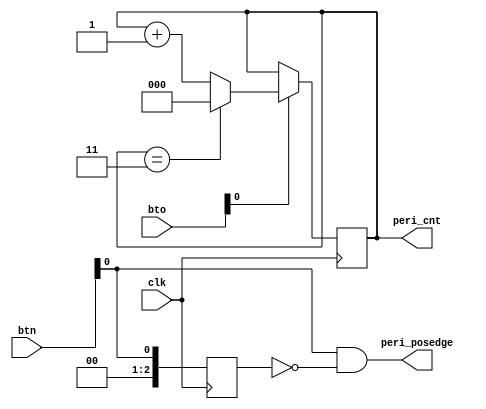
`timescale 1ns / 1ps
//////////////////////////////////////////////////////////////////////////////////
// Company: 
// Engineer: 
// 
// Design Name: 
// Module Name: per_ch
// Project Name: 
// Target Devices: 
// Tool Versions: 
// Description: 
// 
// Dependencies: 
// 
// Revision:
// Revision 0.01 - File Created
// Additional Comments:
// 
//////////////////////////////////////////////////////////////////////////////////


module per_ch(
    input clk,
    input wire [3:0] bto,
    input wire [3:0] btn,
    output wire [2:0] peri_posedge,
    output reg [2:0] peri_cnt
    );

reg [2:0] peri_dly;
    
initial begin 
    peri_cnt = 0;
end

always@(posedge clk) begin
    if(bto[0] == 1) begin
        if(peri_cnt == 3) begin
            peri_cnt = 0;
        end
        else begin
            peri_cnt = peri_cnt + 1;
        end 
    end   
end 

always@(posedge clk) begin
    peri_dly <= btn[0];
end
assign peri_posedge = btn[0] & ~peri_dly;

endmodule